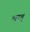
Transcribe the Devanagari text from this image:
भग्ग्